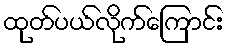
ထုတ်ပယ်လိုက်ကြောင်း